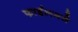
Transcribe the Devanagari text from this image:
फाईलमधे